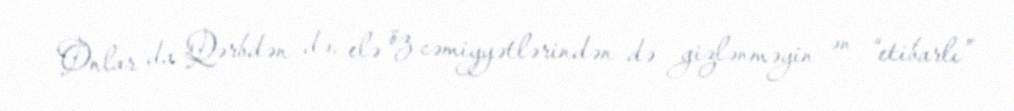
Onlar da Qərbdən də, elə öz cəmiyyətlərindən də gizlənməyin ən “etibarlı”